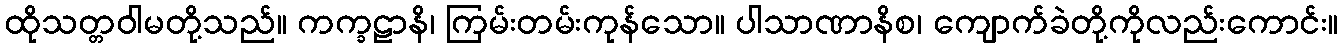
ထိုသတ္တဝါမတို့သည်။ ကက္ခဠာနိ၊ ကြမ်းတမ်းကုန်သော။ ပါသာဏာနိစ၊ ကျောက်ခဲတို့ကိုလည်းကောင်း။